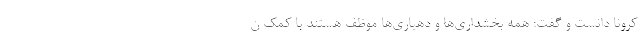
کرونا دانست و گفت: همه بخشداری‌ها و دهیاری‌ها موظف هستند با کمک ن